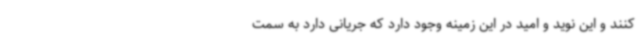
کنند و این نوید و امید در این زمینه وجود دارد که جریانی دارد به سمت